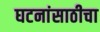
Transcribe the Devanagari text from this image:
घटनांसाठीचा